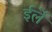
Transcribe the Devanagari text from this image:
ईर्ले